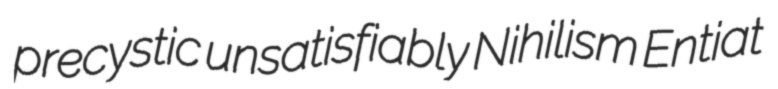
precystic unsatisfiably Nihilism Entiat